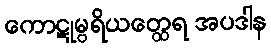
ကောဋုမ္ဗရိယတ္ထေရ အပဒါန